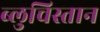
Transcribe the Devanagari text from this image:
ब्लुचिस्तान